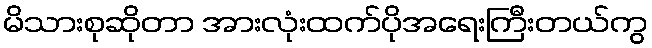
မိသားစုဆိုတာ အားလုံးထက်ပိုအရေးကြီးတယ်ကွ